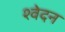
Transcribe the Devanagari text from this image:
श्वेदन